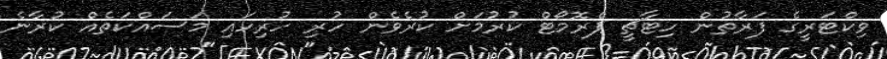
ވިކްޓަރީގެ ފަރާތުން ހިޓާޗީ ޕްރޮމޯޓް ކުރުމަށް ކުރެވެން ހުރި ހުރިހައި މަސައްކަތެއް ކުރާނެ